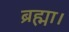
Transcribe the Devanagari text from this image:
ब्रह्मा।